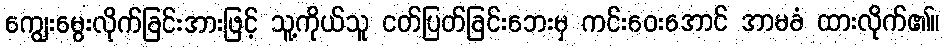
ကျွေးမွေးလိုက်ခြင်းအားဖြင့် သူ့ကိုယ်သူ ငတ်ပြတ်ခြင်းဘေးမှ ကင်းဝေးအောင် အာမခံ ထားလိုက်၏။